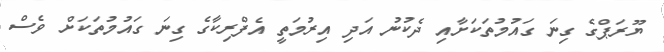
ޔޫރަޕްގެ ގިނަ ގައުމުތަކަށާއި ދެކުނު އަދި އިރުމަތީ އެފްރިކާގެ ގިނަ ގައުމުތަކަށް ވެސް